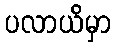
ပလာယိမှာ